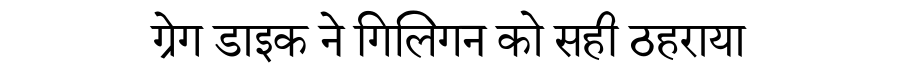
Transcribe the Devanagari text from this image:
ग्रेग डाइक ने गिलिगन को सही ठहराया